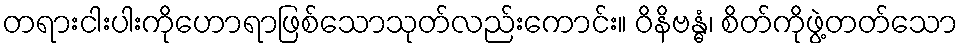
တရားငါးပါးကိုဟောရာဖြစ်သောသုတ်လည်းကောင်း။ ဝိနိဗန္ဓံ၊ စိတ်ကိုဖွဲ့တတ်သော